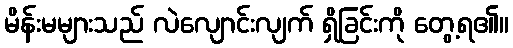
မိန်းမများသည် လဲလျောင်းလျက် ရှိခြင်းကို တွေ့ရ၏။